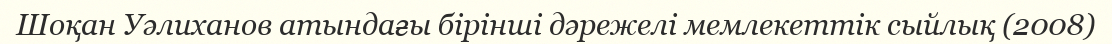
Шоқан Уәлиханов атындағы бірінші дәрежелі мемлекеттік сыйлық (2008)